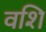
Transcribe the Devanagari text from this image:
वशि